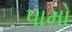
પામો